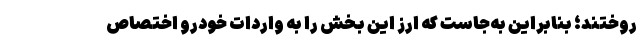
روختند؛ بنابراین به‌جاست که ارز این بخش را به واردات خودرو اختصاص